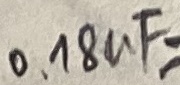
Text: 0,.8uF